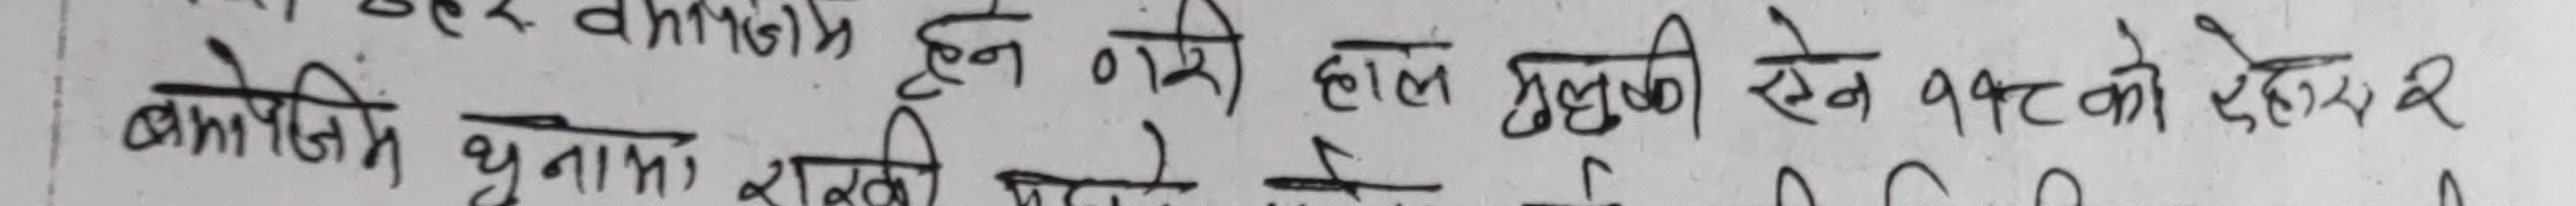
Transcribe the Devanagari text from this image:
होने वारे हाल मृदुकी ऐन १९८० को देहाय २